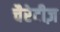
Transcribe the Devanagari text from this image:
चैरेटीज़